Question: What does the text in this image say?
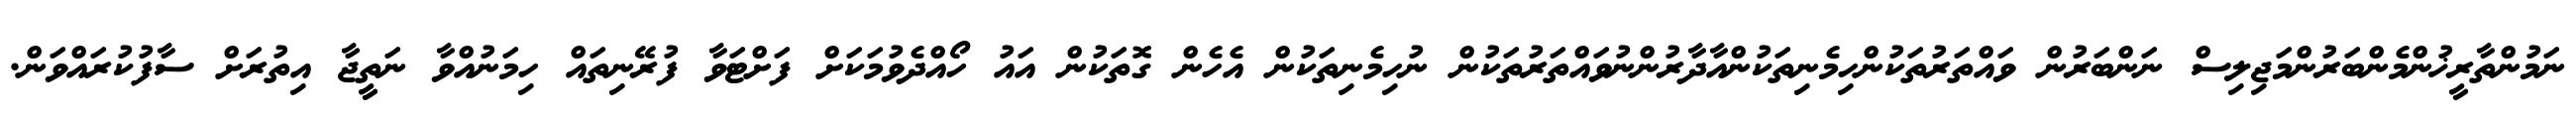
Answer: ނަމުންތާރީޚުންމެންބަރުންމަޖިލިސް ނަންބަރުން ވައްތަރުތަކުންހިމެނިތަކުންއާދާރުންނުވައްތަރުތަކުން ނުހިމެނިތަކުން އެހެން ގޮތަކުން އައު ހޯއްދެވުމަކަށް ފަށްޓަވާ ފުރޭނިތައް ހިމަނުއްވާ ނަތީޖާ އިތުރަށް ސާފުކުރައްވަން.